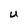
Character: U